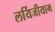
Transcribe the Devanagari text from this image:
लर्यिजीयाम